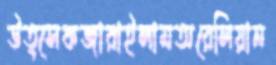
উত্সেকজারাইলামঅরেলিয়ান